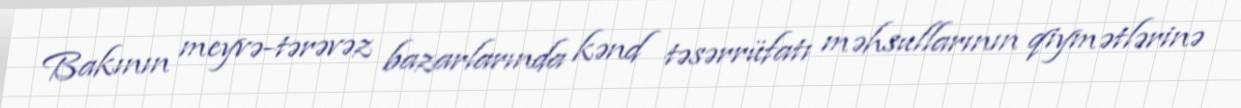
Bakının meyvə-tərəvəz bazarlarında kənd təsərrüfatı məhsullarının qiymətlərinə